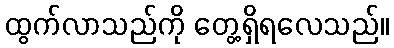
ထွက်လာသည်ကို တွေ့ရှိရလေသည်။